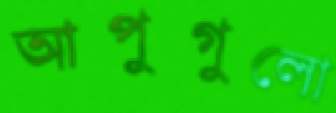
আপুগুলো